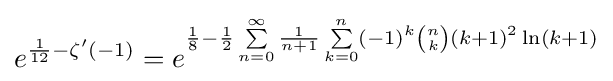
e^{{\frac {1}{12}}-\zeta ^{\prime }(-1)}=e^{{\frac {1}{8}}-{\frac {1}{2}}\sum \limits _{n=0}^{\infty }{\frac {1}{n+1}}\sum \limits _{k=0}^{n}\left(-1\right)^{k}{\binom {n}{k}}\left(k+1\right)^{2}\ln(k+1)}